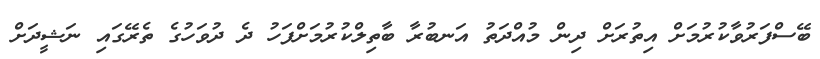
ބޭސްފަރުވާކުރުމަށް އިތުރަށް ދިން މުއްދަތު އަނބުރާ ބާތިލްކުރުމަށްފަހު ދެ ދުވަހުގެ ތެރޭގައި ނަޝީދަށް